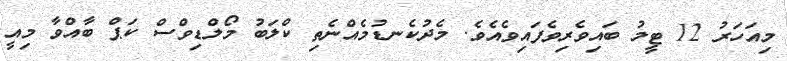
މިއަހަރު 12 ޓީމު ބައިވެރިވެފައިވެއެވެ. މެދުކެނޑުމެއްނެތި ކްލަބު މޯލްޑިވްސް ކަޕް ބާއްވާ މިއީ